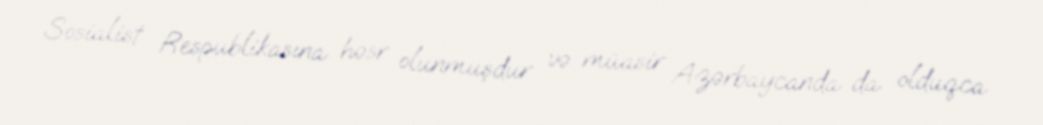
Sosialist Respublikasına həsr olunmuşdur və müasir Azərbaycanda da olduqca